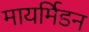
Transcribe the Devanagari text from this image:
मायर्मिडन